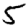
Digit: 5